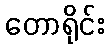
တောရိုင်း